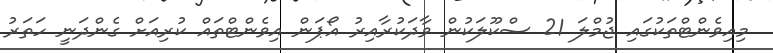
މިއިވެންޓްތަކުގައި ޖުމްލަ 21 ސްކޫލަކުން ވާދަކުރާއިރު އޯޕަން އިވެންޓްތައް ކުރިއަށް ގެންދަނީ ހަތަރު